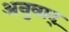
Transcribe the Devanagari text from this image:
अनुवाद्